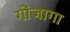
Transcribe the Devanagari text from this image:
गोंजागा